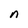
Character: n